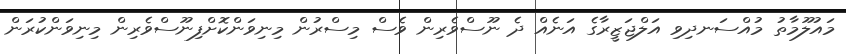
މައުލޫމާތު މުއްސަނދިވި އަލްޖަޒީރާގެ އަނެއް ދެ ނޫސްވެރިން ވެސް މިސްރުން މިނިވަންކޮށްފިނޫސްވެރިން މިނިވަންކުރަން